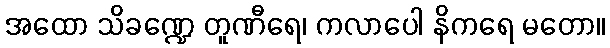
အထော သိခဏ္ဍေ တူဏီရေ၊ ကလာပေါ နိကရေ မတော။